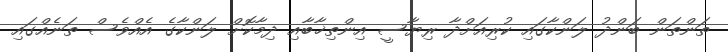
ތަންތަން ބަންދު ލަންކާގައި ކުރިއަށްދާ ރިޔާސީ އިންތިޚާބާއި ދިމާކޮށް ލަންކާގެ އެއްވެސް ތަނެއްގައި